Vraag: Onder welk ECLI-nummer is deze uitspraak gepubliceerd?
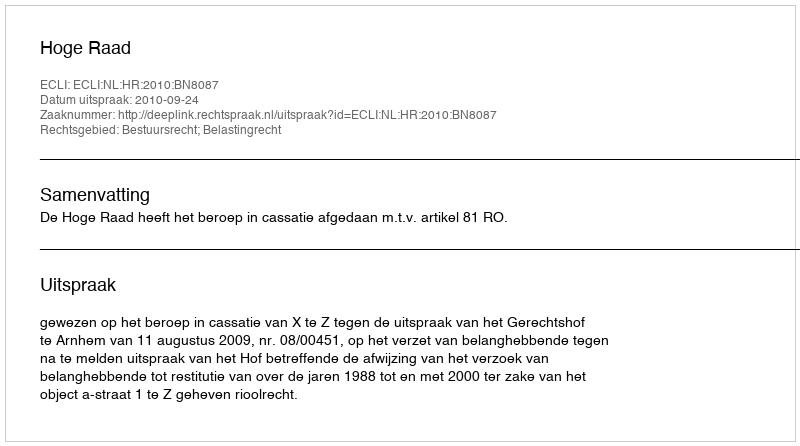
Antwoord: ECLI:NL:HR:2010:BN8087